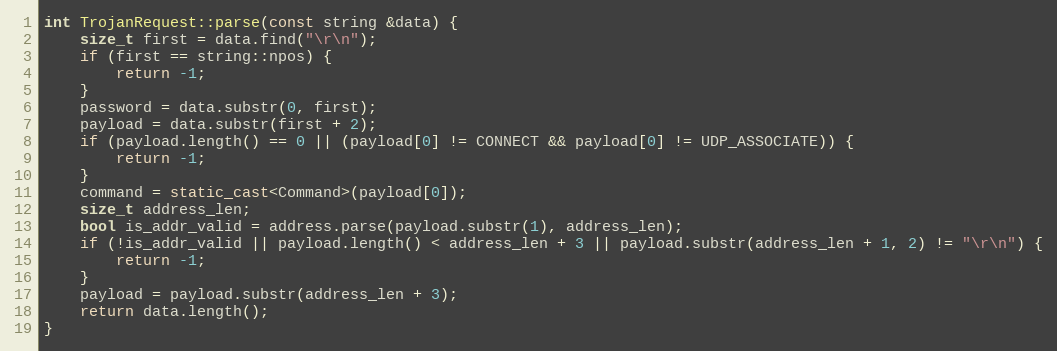
Language: C++
int TrojanRequest::parse(const string &data) {
    size_t first = data.find("\r\n");
    if (first == string::npos) {
        return -1;
    }
    password = data.substr(0, first);
    payload = data.substr(first + 2);
    if (payload.length() == 0 || (payload[0] != CONNECT && payload[0] != UDP_ASSOCIATE)) {
        return -1;
    }
    command = static_cast<Command>(payload[0]);
    size_t address_len;
    bool is_addr_valid = address.parse(payload.substr(1), address_len);
    if (!is_addr_valid || payload.length() < address_len + 3 || payload.substr(address_len + 1, 2) != "\r\n") {
        return -1;
    }
    payload = payload.substr(address_len + 3);
    return data.length();
}